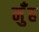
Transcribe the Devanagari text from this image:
मुँंह